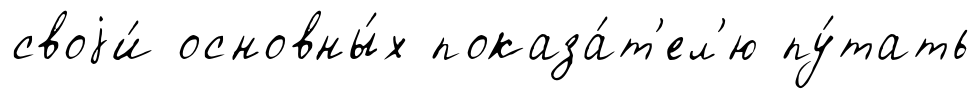
своjи́ основны́х показа́т'ел'ю пу́тать